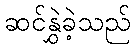
ဆင်နွှဲခဲ့သည်